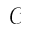
\mathcal { C }